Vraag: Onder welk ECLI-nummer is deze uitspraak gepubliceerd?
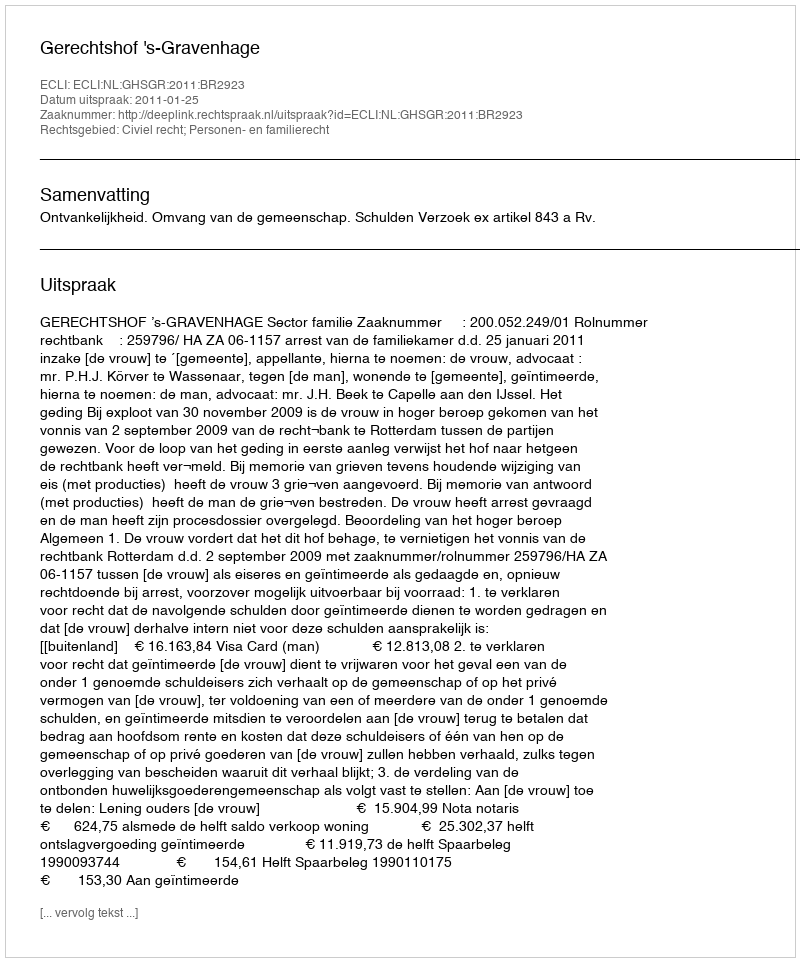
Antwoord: ECLI:NL:GHSGR:2011:BR2923